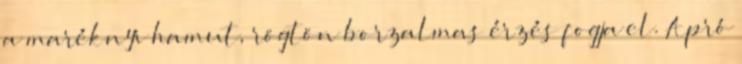
a maréknyi hamut, rögtön borzalmas érzés fogja el. Apró